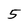
Character: 5